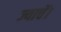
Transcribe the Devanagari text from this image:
ज्याचें।